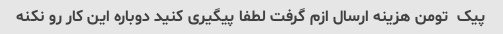
پیک  تومن هزینه ارسال ازم گرفت لطفا پیگیری کنید دوباره این کار رو نکنه